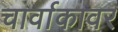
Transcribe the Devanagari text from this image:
चार्वाकावर